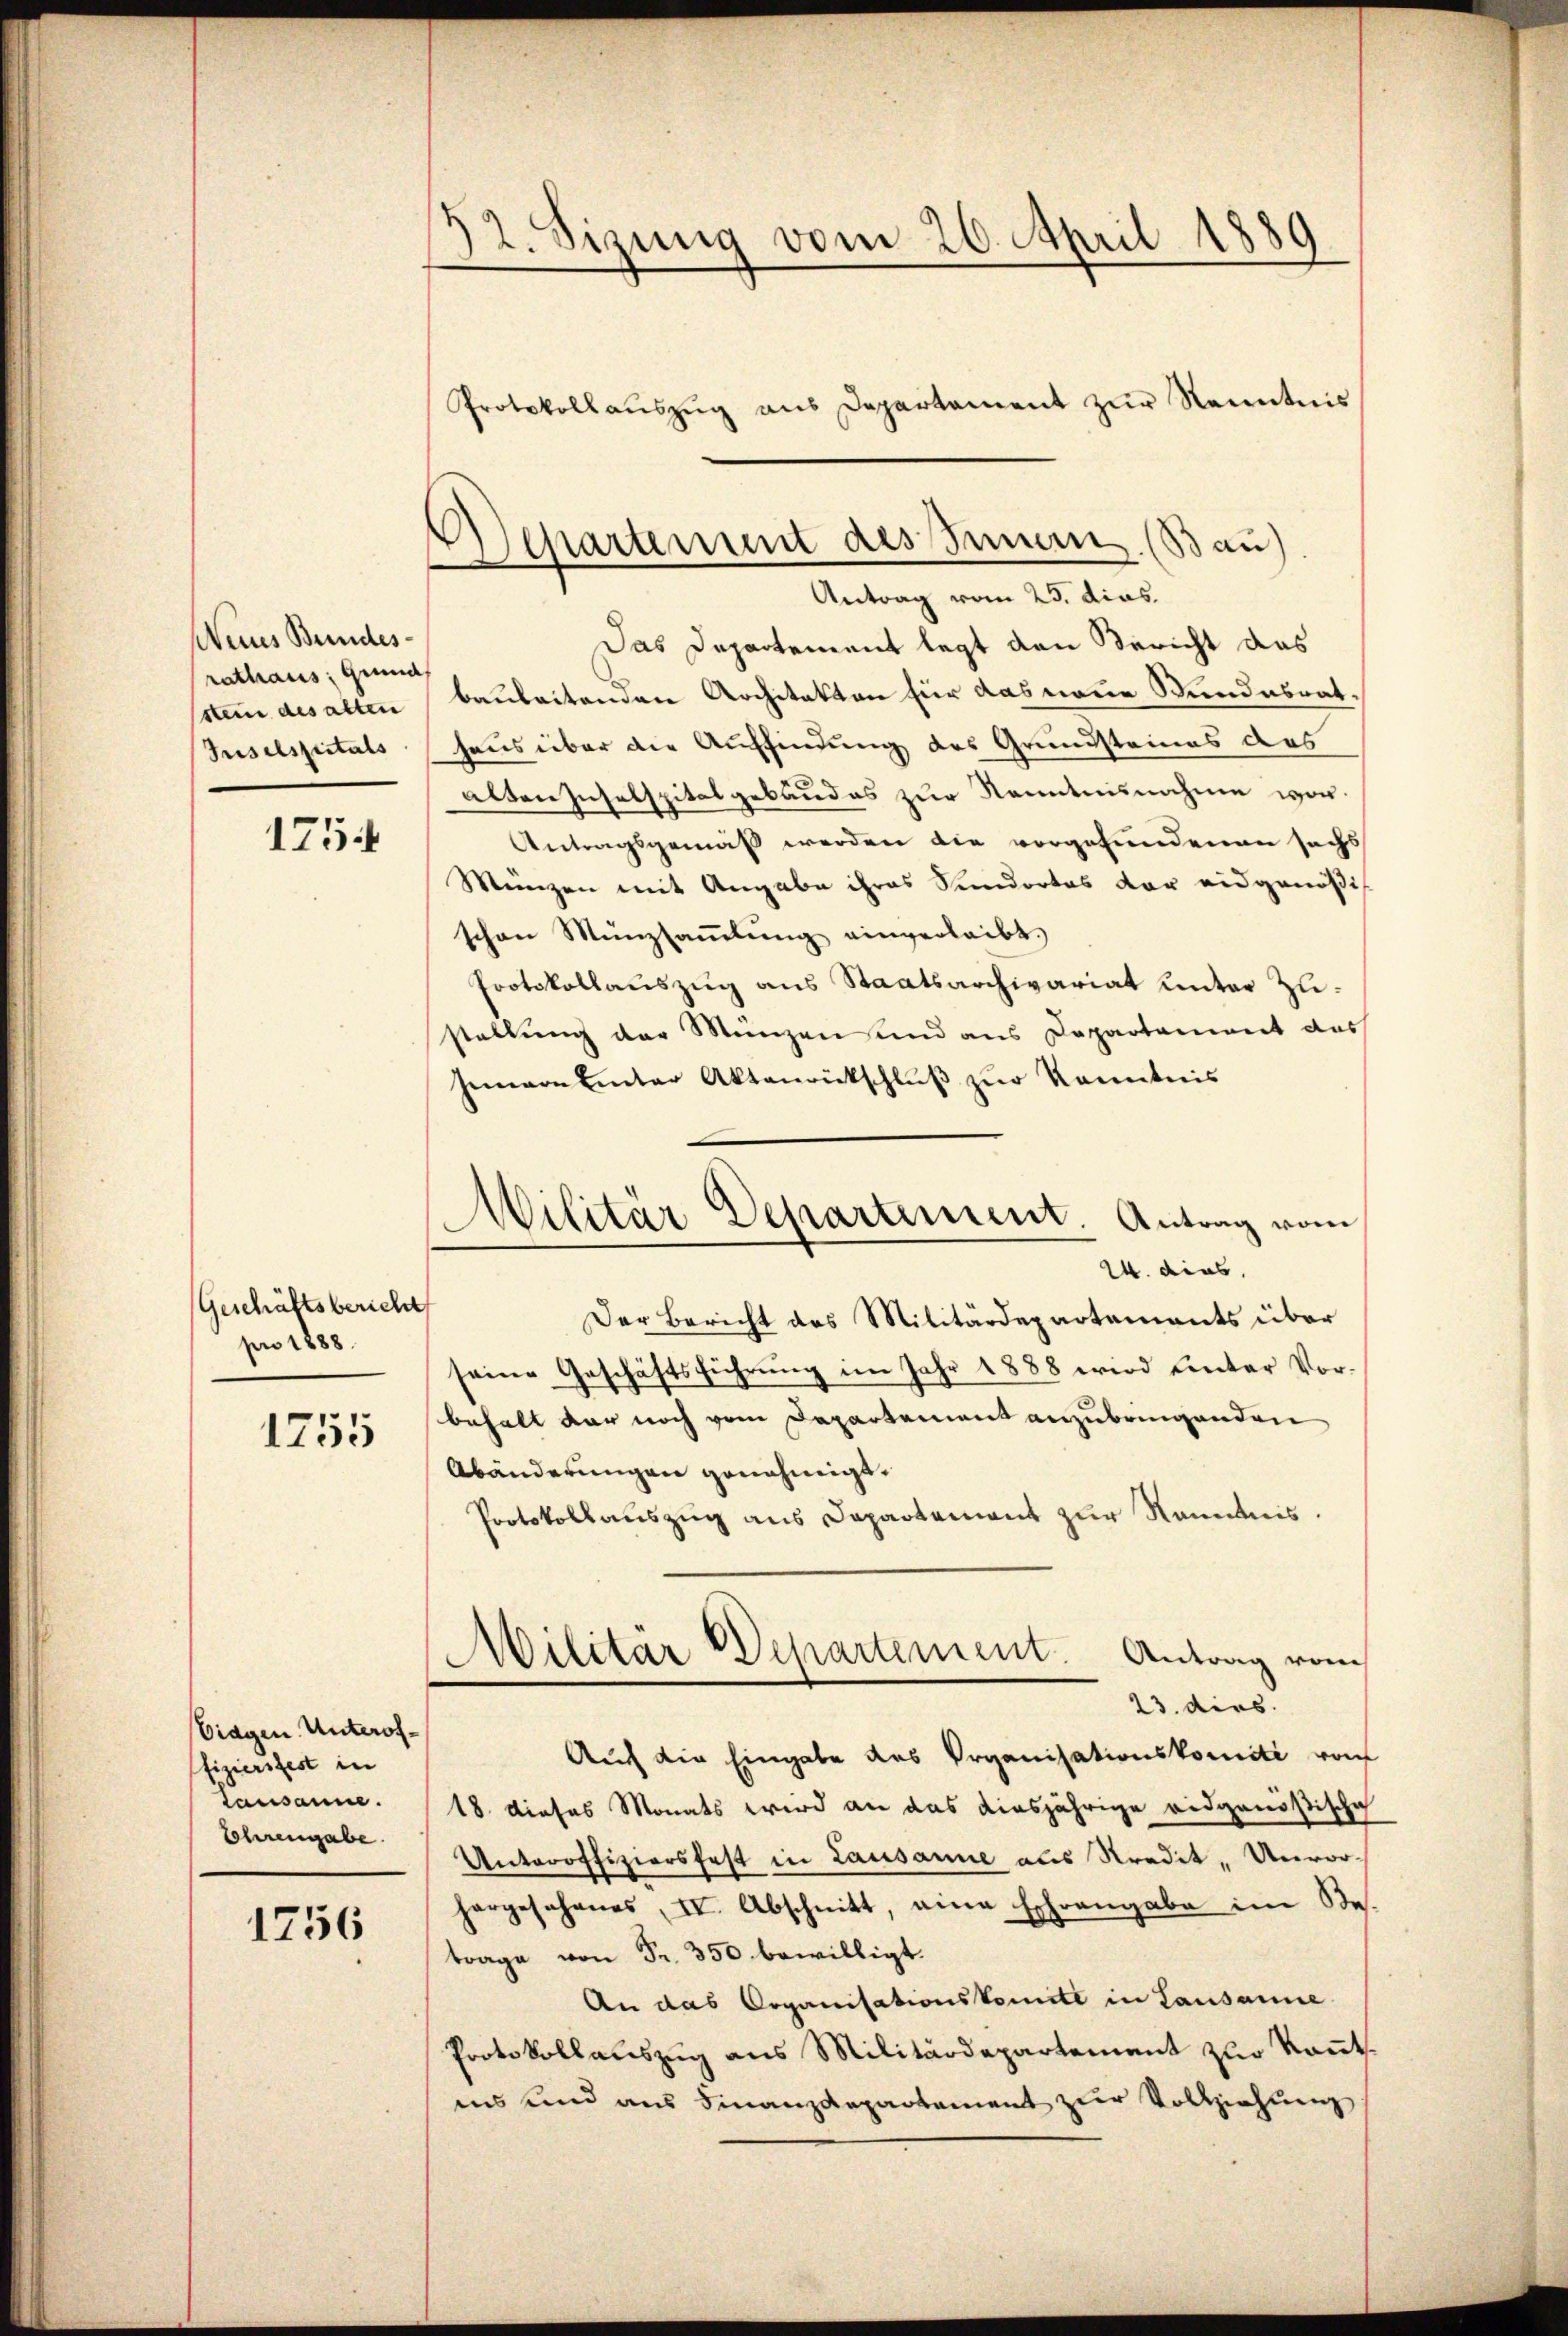
Neines Bundesrathaus Grund
stein des alten
Puselspitals

1754

(Geschäftsbericht
pro 1888.

1755

Eidgen. Unteroffiziersfest in
Lausanne.
Lohrengabe.

1756

52. Sizung vom 26. April 1889
Protokollaŭszŭg ans Departament zŭr Kenntnis

Das Departement legt den Bericht das
baubeitenden Architekten für das neue Wundesrathaus über die Auffindung des Grundsteines des
alten Zusalspitalgebäudes zur Kenntnisnahme vor¬
Antragsgemäß werden die vorgefundenen sechs
Münzen mit Angabe ihres Sendortes der eidgenößis
schon Münzsaṁlŭng einverleibt.
Protokollauszug aus Staatsarchivariat unter Zustellung der Manzen und aus Departement das
Genevon einter Aktenrückschlŭβ zŭr Kenntnis
Der Bericht des Militärdepartements über
seine Geschäftsführung im Jahr 1888 wird unter Vor-
behalt der noch vom Departement anzubringenden
Abänderungen genehmigt.
Protokollauszug aus Departement zur Kenntnis.
Militär Departement. Antrag vom
23. dies.
Auch die Eingabe des Organisationskomité von
18. dieses Monats wird an das diesjährige eidgenößische
Unteroffiziersfest in Lausanne aus Kredit, Unvorhargesehenes, II. Abschnitt, eine Eschrangabe im Bes
trage von Fr. 350 bewilligt.
An das Organisationskomite in Lausanne
Protokollauszug aus Militärdepartement zur Kantsins und aus Finanzdepartement zur Vollziehung

Separtement des Innern. (Bau)
Antrag vom 25. dies

Militar Departement. Antrag vom
24. dies